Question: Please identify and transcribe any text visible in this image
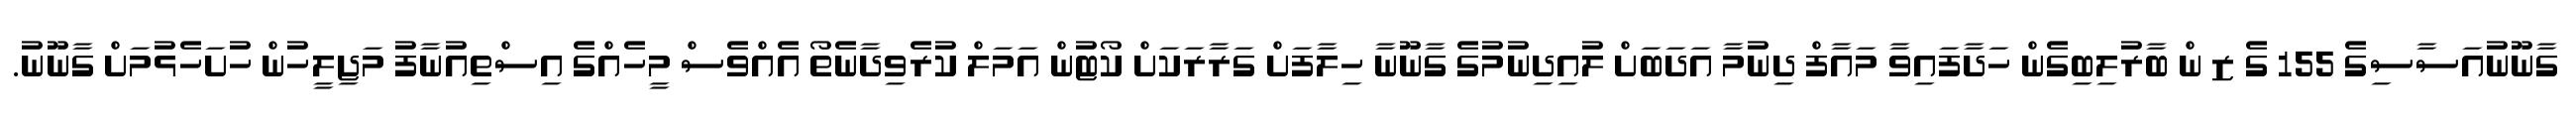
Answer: ގާނޫނުއަސާސިގެ 155 ގެ ޒ ން ބާރުލިބިގެން ހަދާފައިވާ މައާފް ދިނުމާ އަދަބަށް ލުއިދިނުމުގެ ގާނޫނާ ހިލާފަށް ގަރާރަކަށް ކޯޓުން އަމަލް ކުރެވިދާނެތޯ އެއްވެސް މީހެއްގެ އިސްތިއުނާފު މަޖިލީހުން ހުށަހެޅުމަށް ގާނޫނު.